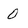
Character: 0